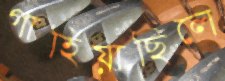
গাহিয়াছিলে